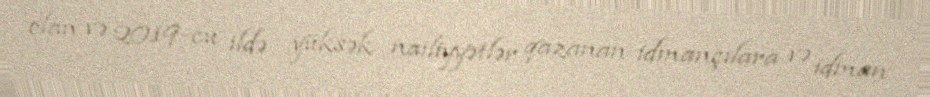
olan və 2019-cu ildə yüksək nailiyyətlər qazanan idmançılara və idman